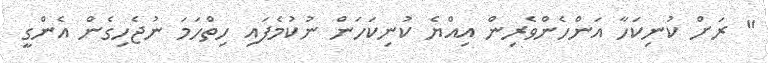
" ރަށް ކުނިކަހާ އަންހެންވެރިން އިއްޔެ ކުނިކަހަން ނުކުމެފައި ހިތްހަމަ ނުޖެހިގެން އެންގީ